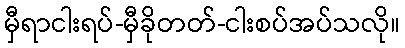
မှီရာငါးရပ်-မှီခိုတတ်-ငါးစပ်အပ်သလို။